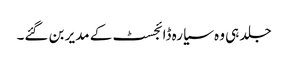
جلد ہی وہ سیارہ ڈائجسٹ کے مدیر بن گئے۔